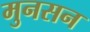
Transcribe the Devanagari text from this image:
मुनसन